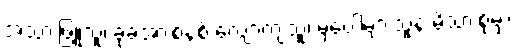
အသားဖြူသူ၊ ခုခံအားစနစ် လျော့ကျသူ၊ မှဲ့ပေါများသူနဲ့ မိသားစုမှာ